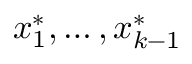
x _ { 1 } ^ { * } , \ldots , x _ { k - 1 } ^ { * }